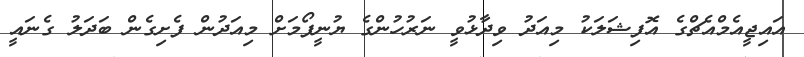
އައިޖީއެމްއެޗްގެ އޮފިޝަލަކު މިއަދު ވިދާޅުވީ ނަރުހުންގެ ޔުނީފޯމަށް މިއަދުން ފެށިގެން ބަދަލު ގެނައީ